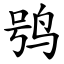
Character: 鸮